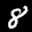
Label: 8